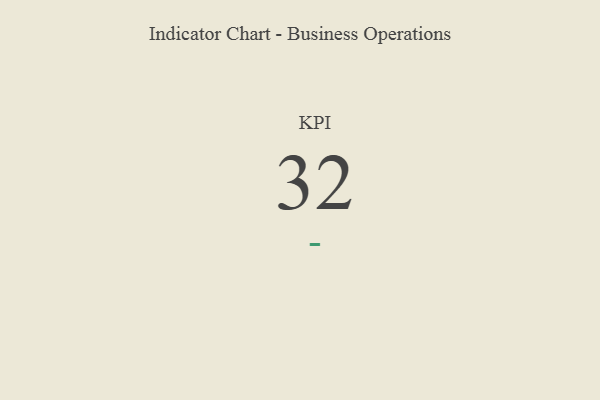
{"axis": {"x": "KPI", "y": "Value"}, "legend": [""], "data": [{"x": "KPI", "y": 32, "type": ""}]}